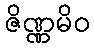
ဇိဏ္ဏမိဝ